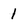
Character: 1